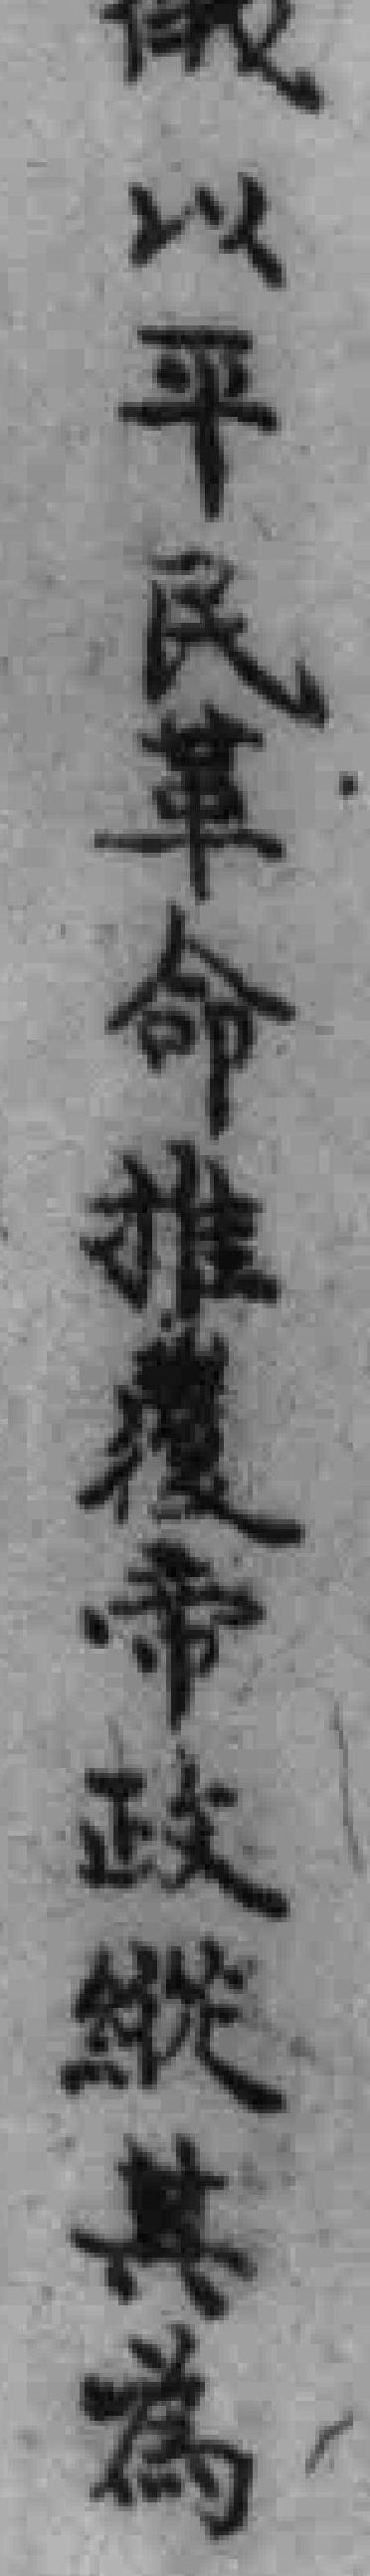
以平民革命推覆帝政縱其為